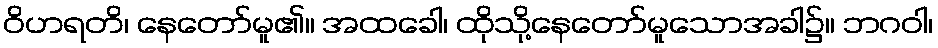
ဝိဟရတိ၊ နေတော်မူ၏။ အထခေါ၊ ထိုသို့နေတော်မူသောအခါ၌။ ဘဂဝါ၊